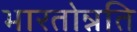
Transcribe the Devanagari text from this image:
भारतोन्नति